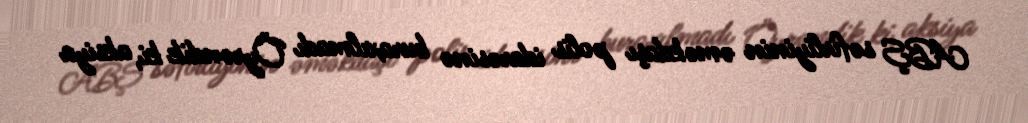
ABŞ səfirliyinin əməkdaşı polis idarəsinə buraxılmadı Öyrəndik ki, aksiya